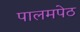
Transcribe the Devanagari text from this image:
पालमपेठ